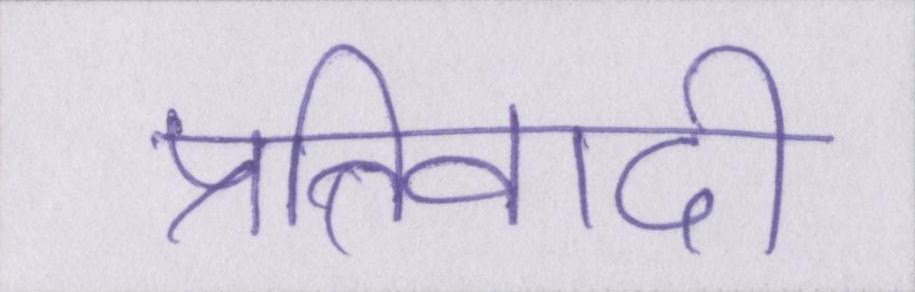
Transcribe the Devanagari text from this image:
प्रतिवादी